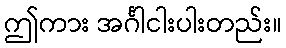
ဤကား အင်္ဂါငါးပါးတည်း။